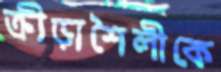
ক্রীড়াশৈলীকে